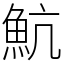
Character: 魧